Annual vaccination report of Bihar and Orissa - 1911-1928
Year: 1911
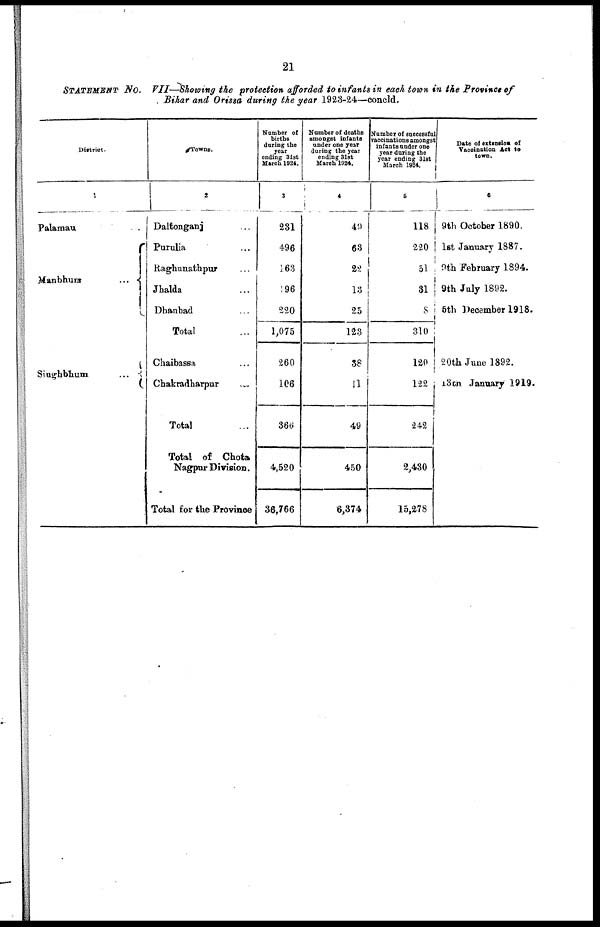
21
STATEMENT NO. VII—Showing the protection afforded to infants in each town in the Province of
Bihar and Orissa during the year 1923-24—concld.
District.
1
Palamau
Manbhum
...
Singhbhum ...
Towns.
2
Daltonganj ...
Purulia ...
Raghunathpur ...
Jhalda ...
Dhanbad ...
Total ...
Chaibassa ...
Chakradharpur ...
Total ...
Total of Chota
Nagpur Division.
Total for the Province
Number of
births
during the
year
ending 31st
March 1924.
3
231
496
163
196
220
1,075
260
106
366
4,520
36,766
Number of deaths
amongst infants
under one year
during the year
ending 31st
March 1024.
4
49
63
22
18
25
123
38
11
49
450
6,374
Number of successful
vaccinations amongst
infants under one
year during the
year ending 31st
March 1924.
5
118
220
51
31
8
310
120
122
242
2,430
15,278
Date of extension of
Vaccination Act to
town.
6
9th October 1890.
1st January 1887.
9th February 1894.
9th July 1892.
5th December 1918.
20th June 1892.
13th January 1919.